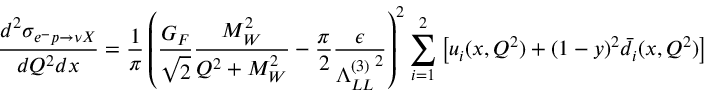
\frac { d ^ { 2 } \sigma _ { e ^ { - } p \to \nu X } } { d Q ^ { 2 } d x } = \frac { 1 } { \pi } \left( \frac { G _ { F } } { \sqrt { 2 } } \frac { M _ { W } ^ { 2 } } { Q ^ { 2 } + M _ { W } ^ { 2 } } - \frac { \pi } { 2 } \frac { \epsilon } { { \Lambda _ { L L } ^ { ( 3 ) } } ^ { 2 } } \right) ^ { 2 } \sum _ { i = 1 } ^ { 2 } \left[ u _ { i } ( x , Q ^ { 2 } ) + ( 1 - y ) ^ { 2 } \bar { d } _ { i } ( x , Q ^ { 2 } ) \right]